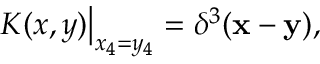
\left. K ( x , y ) \right| _ { x _ { 4 } = y _ { 4 } } = \delta ^ { 3 } ( { \mathbf x } - { \mathbf y } ) ,